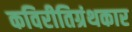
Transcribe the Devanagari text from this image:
कविरीतिग्रंथकार